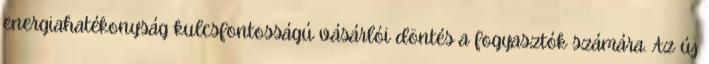
energiahatékonyság kulcsfontosságú vásárlói döntés a fogyasztók számára. Az új